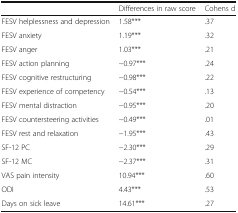
<table><thead><tr><td></td><td><b>Differences in raw score</b></td><td><b>Cohens d</b></td></tr></thead><tbody><tr><td>FESV helplessness and depression</td><td>1.58***</td><td>.37</td></tr><tr><td>FESV anxiety</td><td>1.19***</td><td>.32</td></tr><tr><td>FESV anger</td><td>1.03***</td><td>.21</td></tr><tr><td>FESV action planning</td><td>−0.97***</td><td>.24</td></tr><tr><td>FESV cognitive restructuring</td><td>−0.98***</td><td>.22</td></tr><tr><td>FESV experience of competency</td><td>−0.54***</td><td>.13</td></tr><tr><td>FESV mental distraction</td><td>−0.95***</td><td>.20</td></tr><tr><td>FESV countersteering activities</td><td>−0.49***</td><td>.01</td></tr><tr><td>FESV rest and relaxation</td><td>−1.95***</td><td>.43</td></tr><tr><td>SF-12 PC</td><td>−2.30***</td><td>.29</td></tr><tr><td>SF-12 MC</td><td>−2.37***</td><td>.31</td></tr><tr><td>VAS pain intensity</td><td>10.94***</td><td>.60</td></tr><tr><td>ODI</td><td>4.43***</td><td>.53</td></tr><tr><td>Days on sick leave</td><td>14.61***</td><td>.27</td></tr></tbody></table>